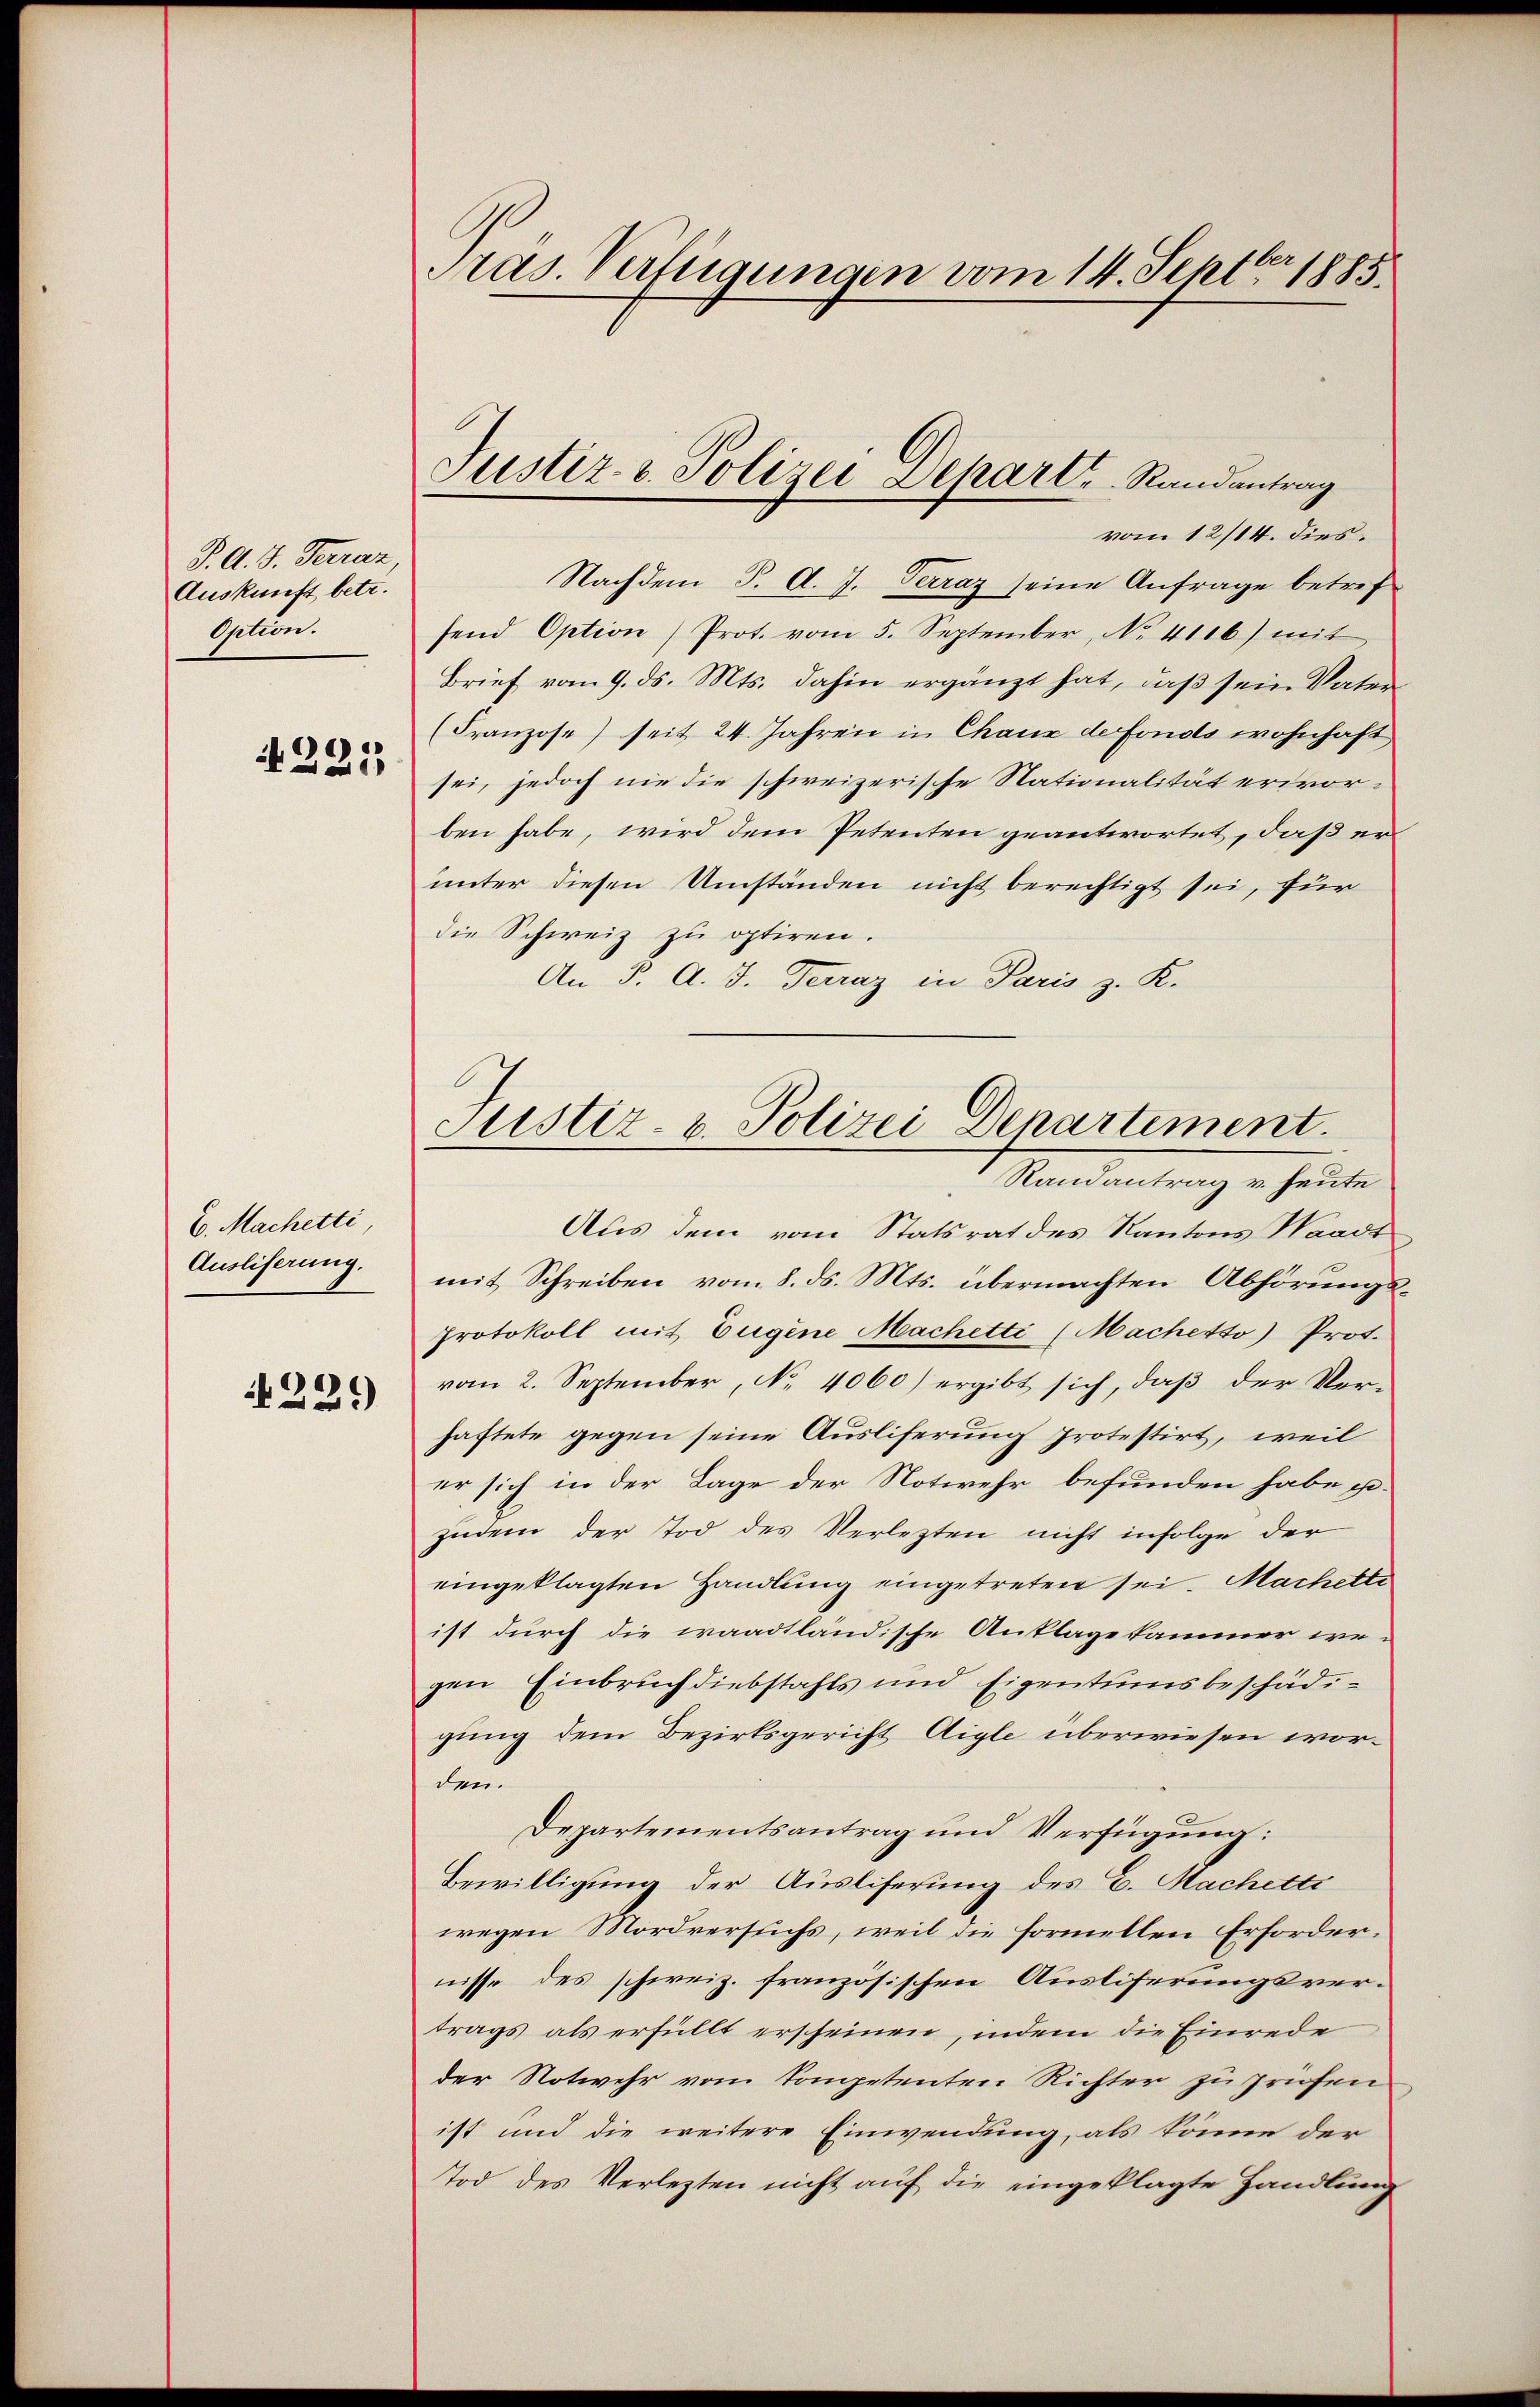
P. A. S. Ferraz
Auskunft betr.
Option.

4221,

E. Machetti,
Ausliferung.

1229

Pras. Verfügungen vom 14. Septbr 1885.

vom 12/14. dies
Nachdem J. A. J. Terraz seine Anfrage betref
send Option) Prot. vom 5. September, No. 4116) mit
Brief vom 9. ds. Mts. dahin ergänzt hat, daß sein Vater
(Franzose) seit 24. Jahren in Chaux de Fonds wohnhaft
sei, jedoch nie die schweizerische Nationalität erworben habe, wird dem Petenten geantwortet, daß erunter diesen Umständen nicht berechtigt sei, für
die Schweiz zu optiren.
An P. A. J. Terraz in Paris z. K.
Aus dem vom Statsrat des Kantons Waadt
mit Schreiben vom 8. ds. Mts. übermachten Abhörungs¬
Protokoll mit Eugene Machetti (Machetto) Prot.
vom 2. September, No. 4060) ergibt sich, daß der Verhaftete gegen seine Ausliferung protestirt, weil
er sich in der Lage der Notwehr befunden habe gezudem der Tod des Verlezten nicht infolge der
eingeklagten Handlung eingetreten sei. Machelli
ist durch die waadtländische Anklagekammer we-
gen Einbruch diebstahls und Eigentumsbeschädigung dem Bezirksgericht Aigle überwiesen worden
Departementsantrag und Verfügung:
Bewilligung der Ausliferung des E. Machetti
wegen Mordversuchs, weil die formellen Erfordernisse des schweiz. französischen Ausliferungsvertrags als erfüllt erscheinen, indem die Einrede
der Notwehr vom Competenten Richter zu prüfen
ist und die weitere Einwendung, als könne der
Tod des Verlezten nicht auf die eingeklagte Handlung

Justiz- & Polizei Departe Randantrag

Justiz- u. Polizei Denartiment.
Randantrag v. heute